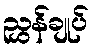
ညွှန်ချုပ်